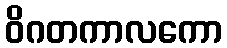
ဝိဂတကာလကော